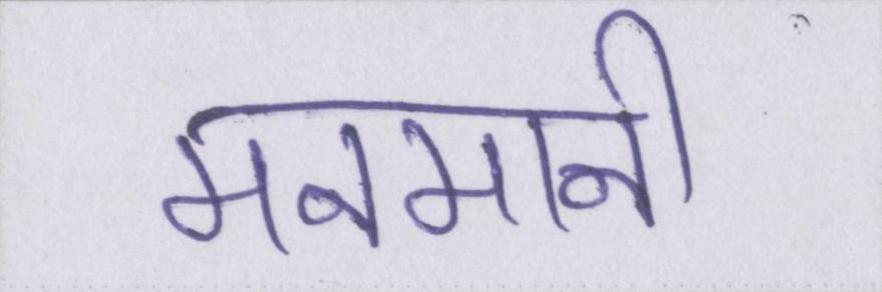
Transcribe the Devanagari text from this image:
मनमानी